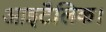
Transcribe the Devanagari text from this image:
आइटैलिक।